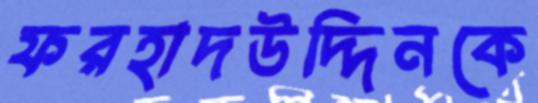
ফরহাদউদ্দিনকে